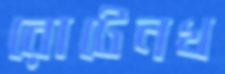
রোটেনখ